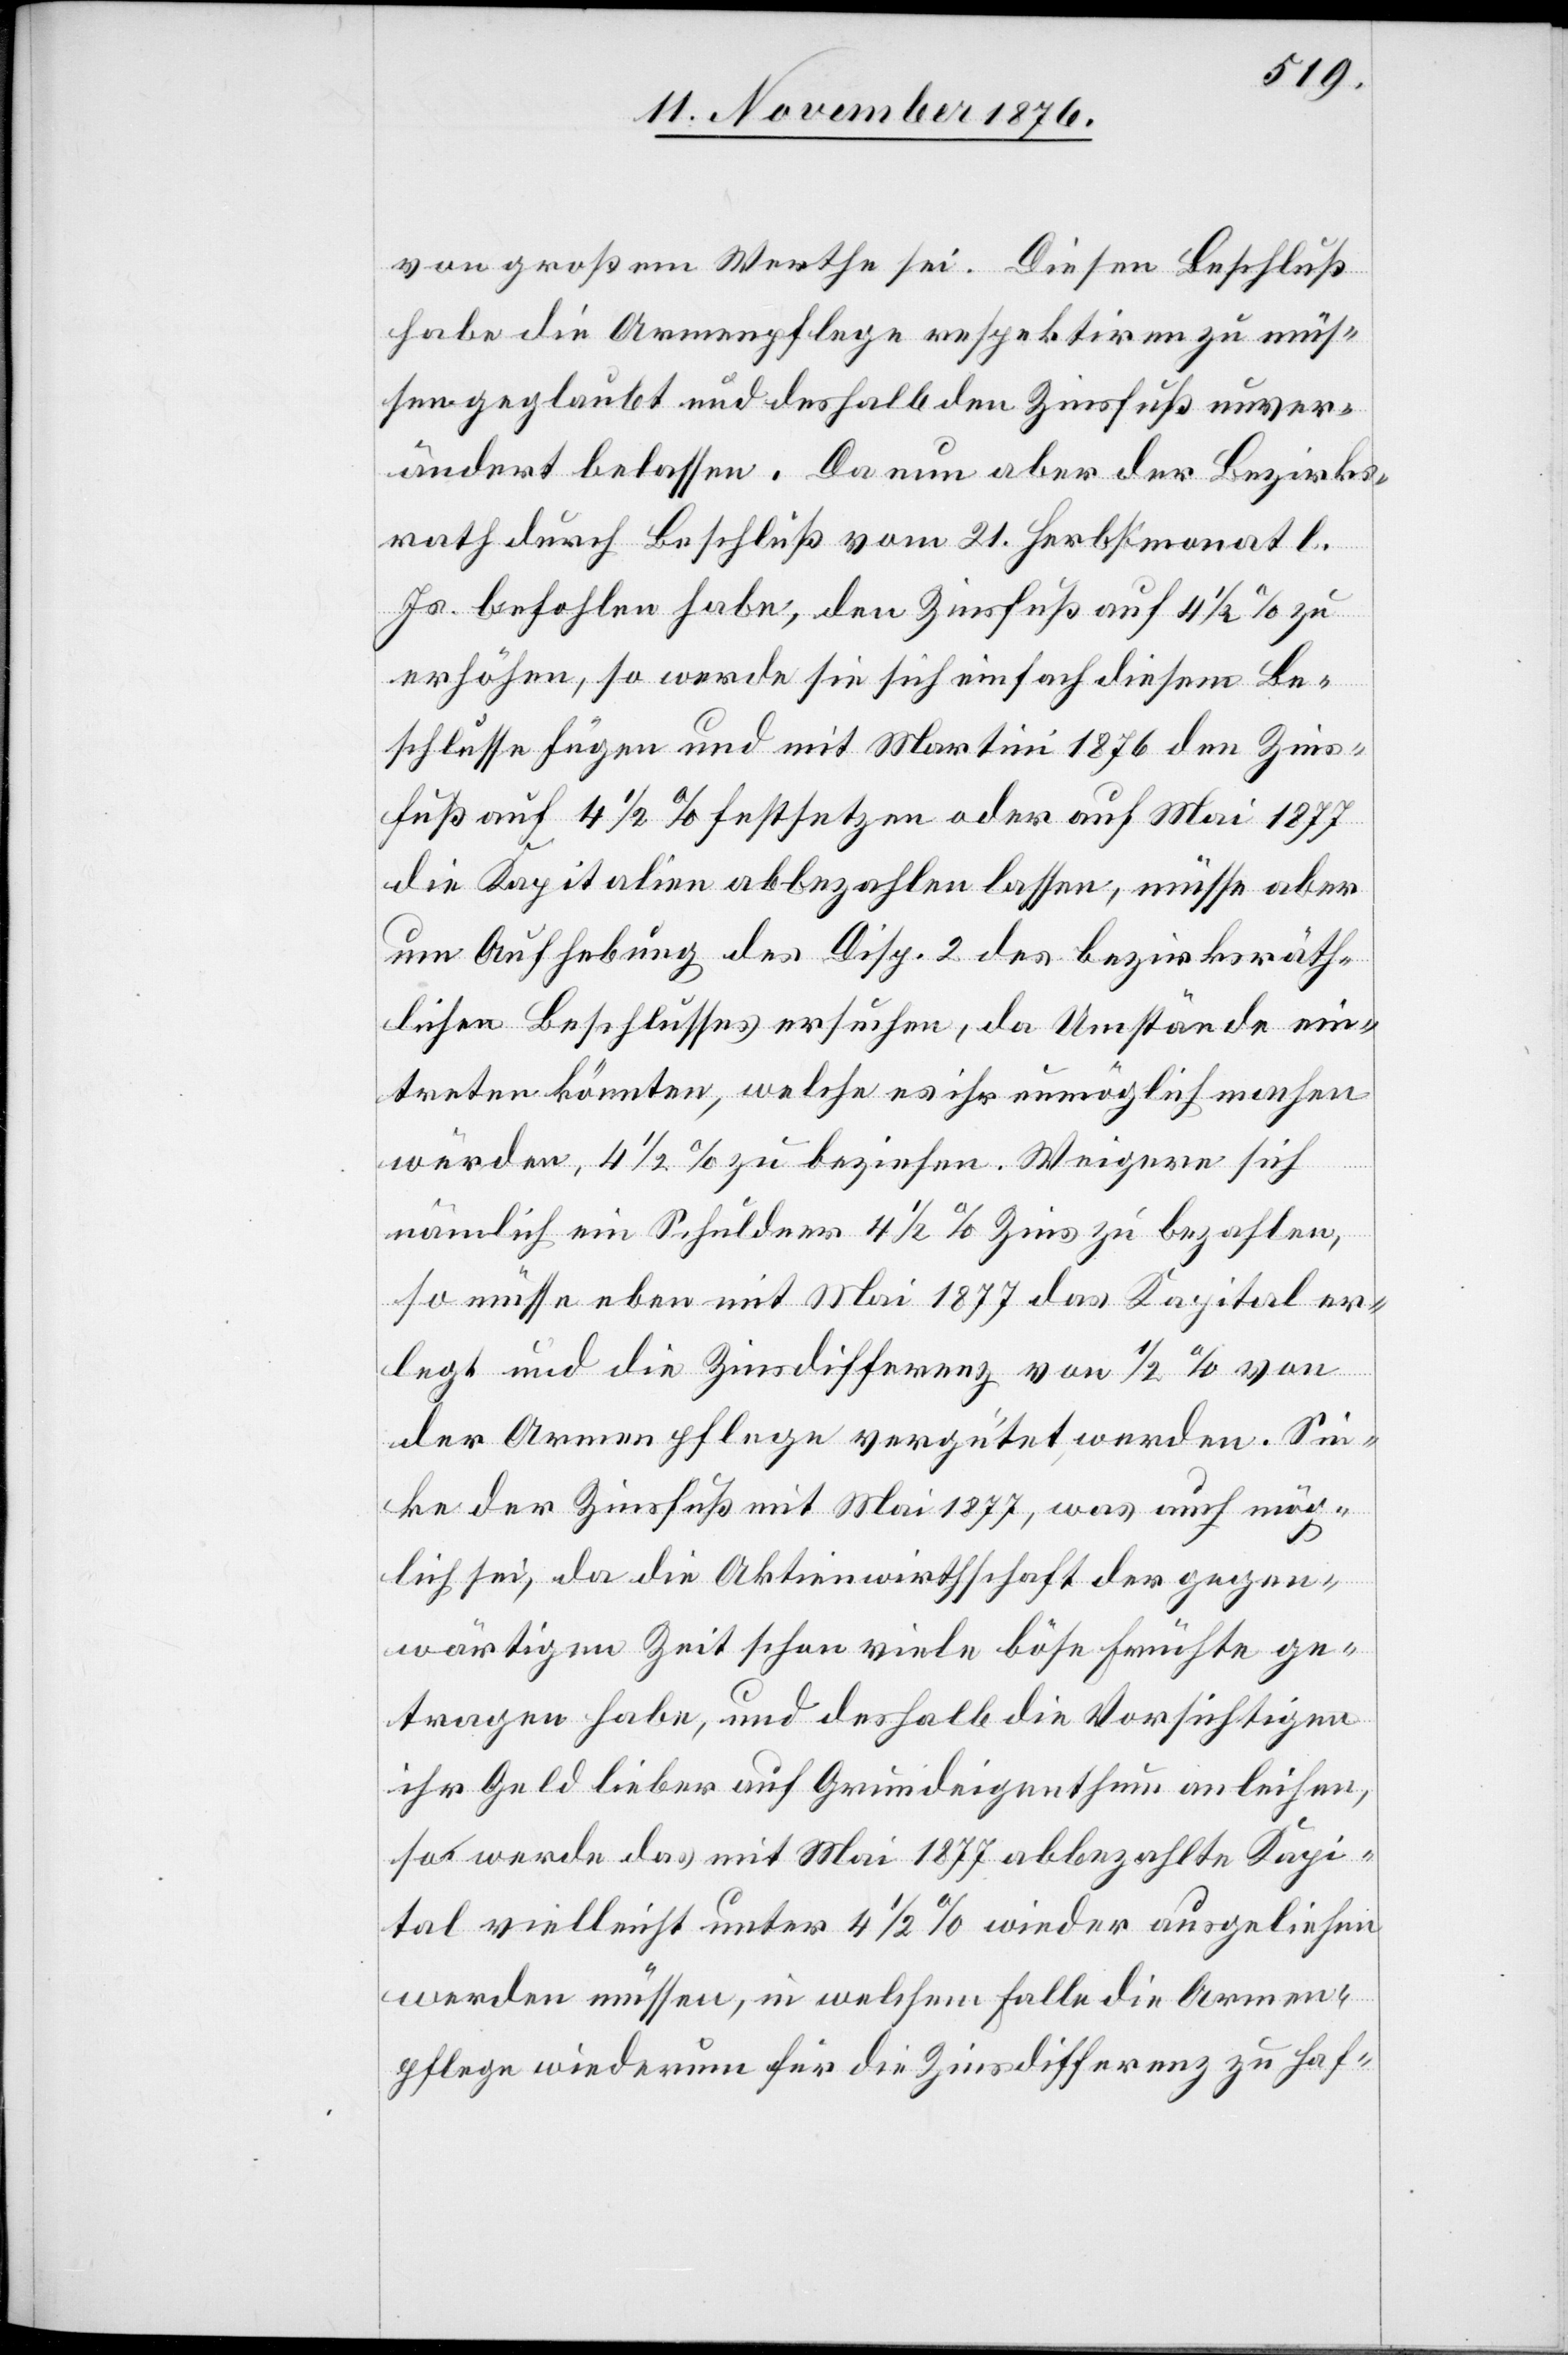
von großem Werthe sei. Diesen Beschluß
habe die Armenpflege respektiren zu müs¬
sen geglaubt und deshalb den Zinsfuß unver¬
ändert belassen. Da nun aber der Bezirks¬
rath durch Beschluß vom 21. Herbstmonat l.
Js. befohlen habe, den Zinsfuß auf 4 1/2% zu
erhöhen, so werde sie sich einfach diesem Be¬
schlusse fügen und mit Martini 1876 den Zins¬
fuß auf 4 1/2% festsetzen oder auf Mai 1877
die Kapitalien abbezahlen lassen, müsse aber
um Aufhebung des Disp. 2 des bezirksräth¬
lichen Beschlusses ersuchen, da Umstände ein¬
treten könnten, welch es ihr unmöglich machen
würden, 4 1/2% zu beziehen. Weigere sich
nämlich ein Schuldner 4 1/2% Zins zu bezahlen,
so müsse eben mit Mai 1877 das Kapital er¬
legt und die Zinsdifferenz von 1/2% von
der Armenpflege vergütet werden. Sin¬
ke der Zinsfuß mit Mai 1877, was auch mög¬
lich sei, da die Aktienwirthschaft der gegen¬
wärtigen Zeit schon viele böse Früchte ge¬
tragen habe, und deshalb die Vorsichtigen
ihr Geld lieber auf Grundeigenthum anleihe,
so werde das mit Mai 1877 abbezahlte Kapi¬
tal vielleicht unter 4 1/2% wieder ausgeliehen
werden müssen, in welchem Falle die Armen¬
pflege wiederum für die Zinsdifferenz zu haf-